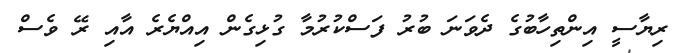
ރިޔާސީ އިންތިހާބުގެ ދެވަނަ ބުރު ފަސްކުުރުމާ ގުޅިގެން އިއްޔެރެ އާއި ރޭ ވެސް